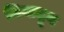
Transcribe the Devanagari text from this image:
निनादून